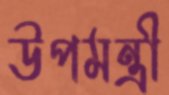
উপমন্ত্রী